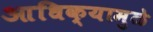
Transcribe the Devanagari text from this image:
आधिक्यामुळे